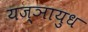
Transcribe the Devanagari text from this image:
यज्ञायुध